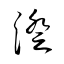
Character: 澂